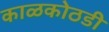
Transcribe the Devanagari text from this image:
काळकोठडी